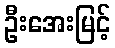
ဦးအေးမြင့်